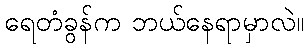
ရေတံခွန်က ဘယ်နေရာမှာလဲ။